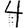
Digit: 4